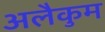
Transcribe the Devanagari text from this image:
अलैकुम